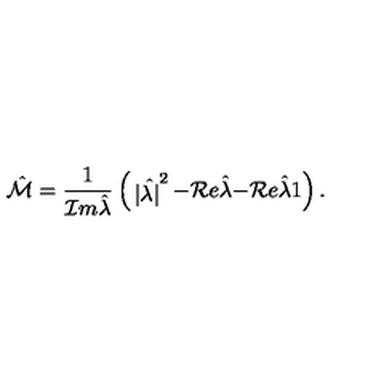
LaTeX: \hat { \cal M } = { \frac { 1 } { { \cal I } m \hat { \lambda } } } \left( \begin{matrix} { | \hat { \lambda | } ^ { 2 } } & { - { \cal R } e \hat { \lambda } } \\ { - { \cal R } e \hat { \lambda } } & { 1 } \\ \end{matrix} \right) .